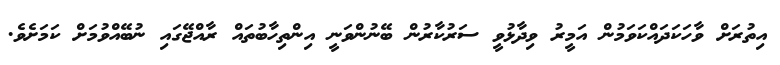
އިތުރަށް ވާހަކަދައްކަވަމުން އަމީރު ވިދާޅުވީ ސަރުކާރުން ބޭނުންވަނީ އިންތިހާބުތައް ރާއްޖޭގައި ނުބޭއްވުމަށް ކަމަށެވެ.